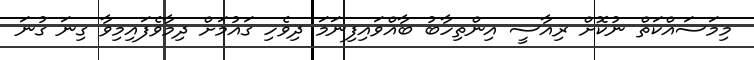
މިމަސައްކަތް ނުކޮށް ރިއާސީ އިންތިހާބު ބާއްވައިފިނަމަ ދިވެހި ގައުމަށް ދިމާވެފައިމިވާ ގިނަ ގުނަ